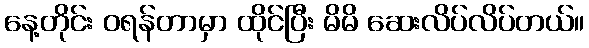
နေ့တိုင်း ဝရန်တာမှာ ထိုင်ပြီး မိမိ ဆေးလိပ်လိပ်တယ်။